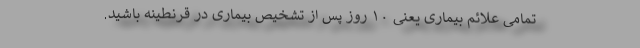
تمامی علائم بیماری یعنی ۱۰ روز پس از تشخیص بیماری در قرنطینه باشید.